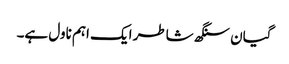
گیان سنگھ شاطر ایک اہم ناول ہے۔